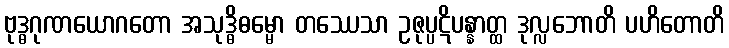
ဗုဒ္ဓဂုဏယောဂတော အသုဒ္ဓိဓမ္မော တဿေသာ ဥဇုပ္ပဋိပန္နာတ္ထ ဒုလ္လဘောတိ ပဟိတောတိ